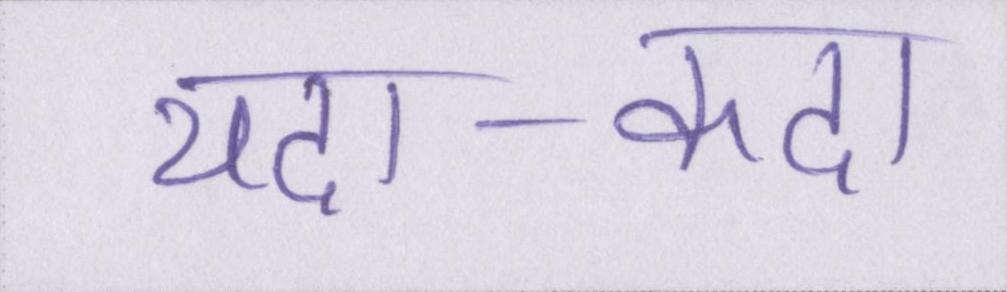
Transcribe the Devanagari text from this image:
यदा-कदा